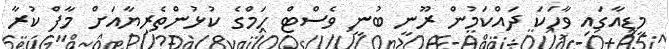
މީޑިއާގައި ވާހަކަ ދައްކަމުން ރޫނީ ބުނީ ވެސްޓް ހަމްގެ ކުޅުންތެރިޔާއަށް މާފް ކުރާ